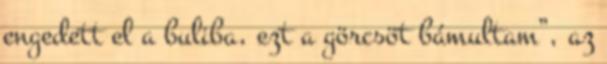
engedett el a buliba, ezt a görcsöt bámultam”, az